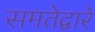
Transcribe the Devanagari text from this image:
समतेद्वारे